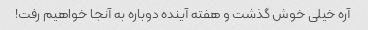
آره خیلی خوش گذشت و هفته آینده دوباره به آنجا خواهیم رفت!